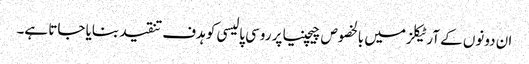
ان دونوں کے آرٹیکلز میں بالخصوص چیچنیا پر روسی پالیسی کو ہدف تنقید بنایا جاتا ہے۔